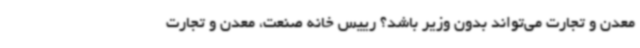
معدن و تجارت می‌تواند بدون وزیر باشد؟ رییس خانه صنعت، معدن و تجارت